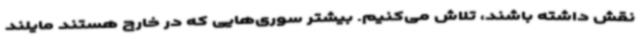
نقش داشته باشند، تلاش می‌کنیم. بیشتر سوری‌هایی که در خارج هستند مایلند